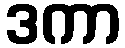
ဒကာ